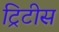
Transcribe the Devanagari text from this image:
ट्रिटीस